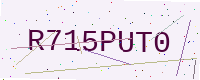
Text: R715PUT0